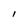
Character: I